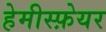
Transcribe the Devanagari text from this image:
हेमीस्फ़ेयर